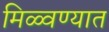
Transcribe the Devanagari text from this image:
मिळ्वण्यात